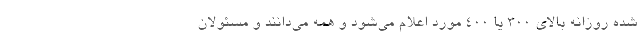
شده روزانه بالای ۳۰۰ یا ۴۰۰ مورد اعلام می‌شود و همه می‌دانند و مسئولان